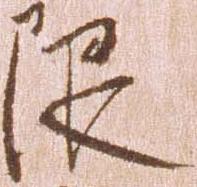
限